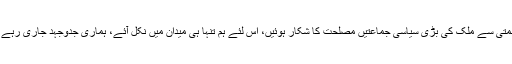
بدقسمتی سے ملک کی بڑی سیاسی جماعتیں مصلحت کا شکار ہوئیں، اس لئے ہم تنہا ہی میدان میں نکل آئے، ہماری جدوجہد جاری رہے گی۔